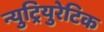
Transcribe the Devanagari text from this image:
न्युट्रियुरेटिक